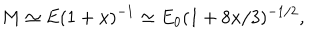
M \simeq E ( 1 + x ) ^ { - 1 } \simeq E _ { 0 } ( 1 + 8 x / 3 ) ^ { - 1 / 2 } ,